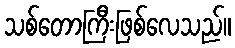
သစ်တောကြီးဖြစ်လေသည်။